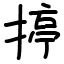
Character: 揨